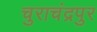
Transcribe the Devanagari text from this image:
चुराचंद्रपुर